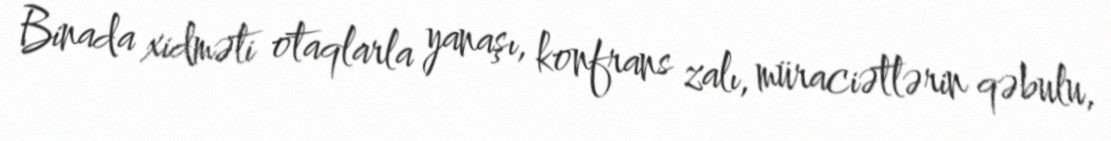
Binada xidməti otaqlarla yanaşı, konfrans zalı, müraciətlərin qəbulu,